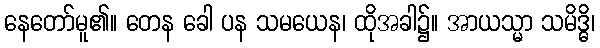
နေတော်မူ၏။ တေန ခေါ ပန သမယေန၊ ထိုအခါ၌။ အာယသ္မာ သမိဒ္ဓိ၊